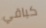
كباقي